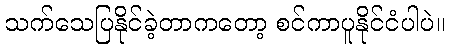
သက်သေပြနိုင်ခဲ့တာကတော့ စင်ကာပူနိုင်ငံပါပဲ။